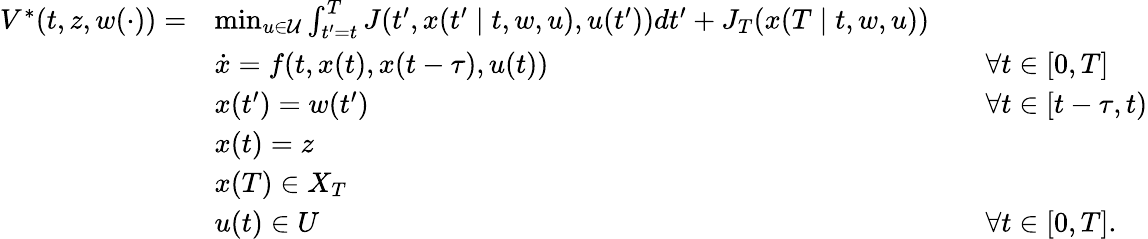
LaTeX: \begin{array}{rlrl}{V^{*}(t,z,w(\cdot))=}&{\operatorname*{min}_{u\in\mathcal{U}}\int_{t^{\prime}=t}^{T}{J(t^{\prime},x(t^{\prime}\mid t,w,u),u(t^{\prime}))dt^{\prime}}+J_{T}(x(T\mid t,w,u))}\\ &{\dot{x}=f(t,x(t),x(t-\tau),u(t))}&&{\forall t\in[0,T]}\\ &{x(t^{\prime})=w(t^{\prime})}&&{\forall t\in[t-\tau,t)}\\ &{x(t)=z}\\ &{x(T)\in X_{T}}\\ &{u(t)\in U}&&{\forall t\in[0,T].}\end{array}